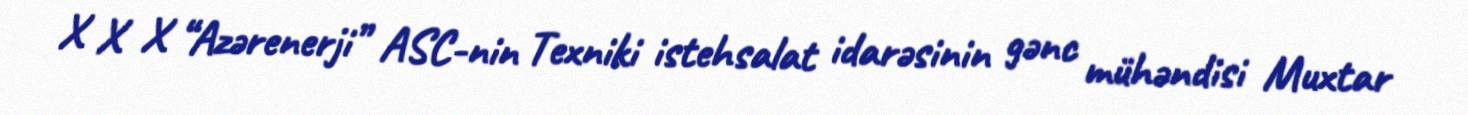
X X X “Azərenerji” ASC-nin Texniki istehsalat idarəsinin gənc mühəndisi Muxtar